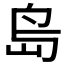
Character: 𡷊